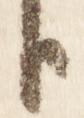
臣